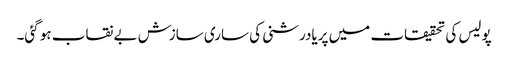
پولیس کی تحقیقات میں پریادرشنی کی ساری سازش بے نقاب ہو گئی۔